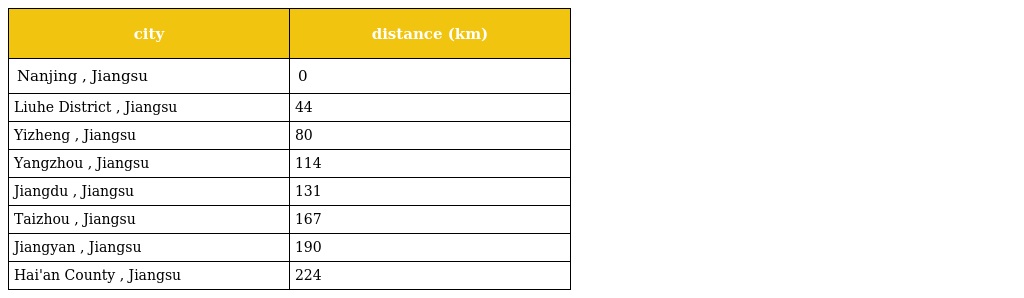
| city | distance (km) |
 | --- | --- |
 | Nanjing , Jiangsu | 0 |
 | Liuhe District , Jiangsu | 44 |
 | Yizheng , Jiangsu | 80 |
 | Yangzhou , Jiangsu | 114 |
 | Jiangdu , Jiangsu | 131 |
 | Taizhou , Jiangsu | 167 |
 | Jiangyan , Jiangsu | 190 |
 | Hai'an County , Jiangsu | 224 |